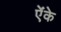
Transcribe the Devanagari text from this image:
ऐंके